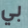
بي